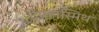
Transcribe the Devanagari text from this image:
टेंपलस्मिथ